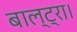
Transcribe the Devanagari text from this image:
बाल्ट्रा।